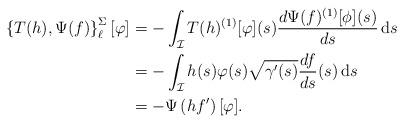
LaTeX: \begin{align*} \left\{ T(h), \Psi(f) \right\}_\ell^\Sigma [\varphi] & = -\int_\mathcal{I} T(h)^{(1)}[\varphi](s) \frac{d \Psi(f)^{(1)}[\phi](s)}{ds} \, \mathrm{d}s \\ &= -\int_\mathcal{I} h(s) \varphi(s) \sqrt{\gamma'(s)} \frac{df}{ds}(s) \, \mathrm{d}s \\ &= -\Psi \left( h f' \right) [\varphi]. \end{align*}